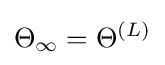
\Theta _{\infty }=\Theta ^{\left(L\right)}